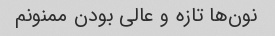
نون‌ها تازه و عالی بودن ممنونم